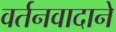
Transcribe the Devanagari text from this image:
वर्तनवादाने